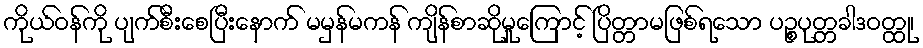
ကိုယ်ဝန်ကို ပျက်စီးစေပြီးနောက် မမှန်မကန် ကျိန်စာဆိုမှုကြောင့် ပြိတ္တာမဖြစ်ရသော ပဉ္စပုတ္တခါဒဝတ္ထု၊